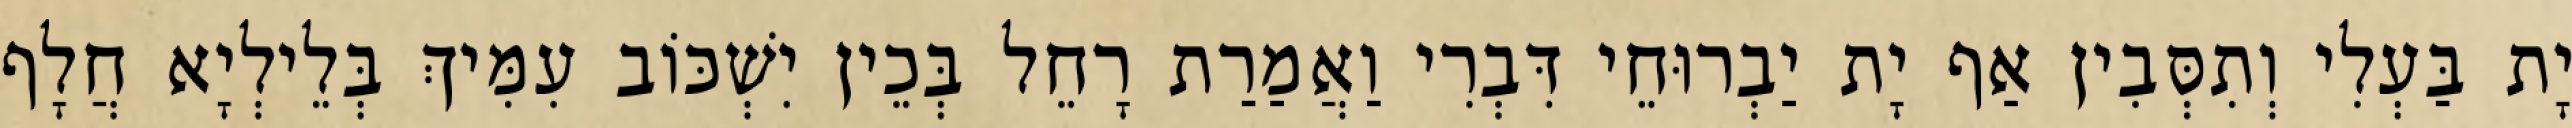
יָת בַּעְלִי וְתִסְּבִין אַף יָת יַבְרוּחֵי דִּבְרִי וַאֲמַרַת רָחֵל בְּכֵין יִשְׁכּוֹב עִמִּיךְ בְּלֵילְיָא חֲלָף